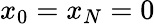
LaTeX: x_{0}=x_{N}=0